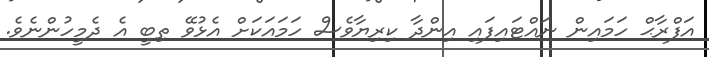
އަފްރާޙް ހަމައިން ނައްޓައިފައި އިންދާ ކިރިޔާވެސް ހަމައަކަށް އެޅުވޭ ތިބީ އެ ދެމީހުންނެވެ.